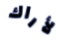
لأراك